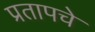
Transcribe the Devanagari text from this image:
प्रतापचे